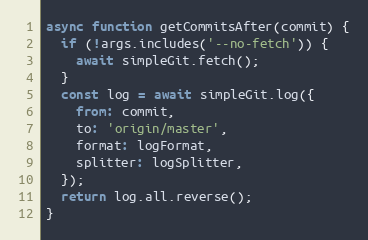
Language: JavaScript
async function getCommitsAfter(commit) {
  if (!args.includes('--no-fetch')) {
    await simpleGit.fetch();
  }
  const log = await simpleGit.log({
    from: commit,
    to: 'origin/master',
    format: logFormat,
    splitter: logSplitter,
  });
  return log.all.reverse();
}